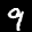
Label: 9